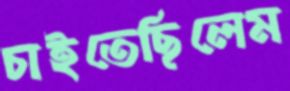
চাইতেছিলেম